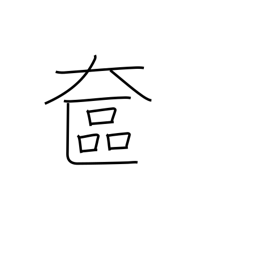
Meaning: lady's vanity case